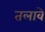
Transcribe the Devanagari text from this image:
तलावे